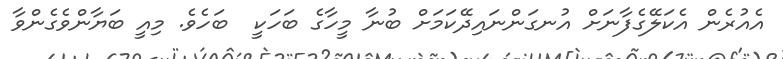
އެއުރެން އެކަލޭގެފާނަށް އުނގަންނައިދޭކަމަށް ބުނާ މީހާގެ ބަހަކީ  ބަހެވެ. މިއީ ބަޔާންވެގެންވާ